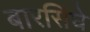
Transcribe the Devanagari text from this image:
बारसिंघे